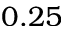
0 . 2 5